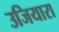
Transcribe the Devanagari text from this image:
उजियारा